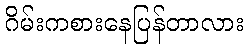
ဂိမ်းကစားနေပြန်တာလား